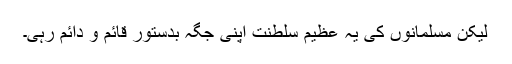
لیکن مسلمانوں کی یہ عظیم سلطنت اپنی جگہ بدستور قائم و دائم رہی۔